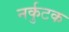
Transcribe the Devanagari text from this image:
नर्कुटक